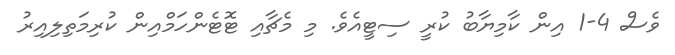
ވެސް 4-1 އިން ކާމިޔާބު ކުރީ ސިޓީއެވެ. މި މެޗާއި ޓޮޓެންހަމްއިން ކުރިމަތިލިއިރު